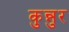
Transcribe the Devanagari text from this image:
कुन्नुर